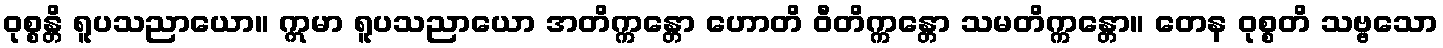
ဝုစ္စန္တိ ရူပသညာယော။ ဣမာ ရူပသညာယော အတိက္ကန္တော ဟောတိ ဝီတိက္ကန္တော သမတိက္ကန္တော။ တေန ဝုစ္စတိ သဗ္ဗသော